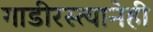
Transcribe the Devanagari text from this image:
गाडीरस्त्यानेही